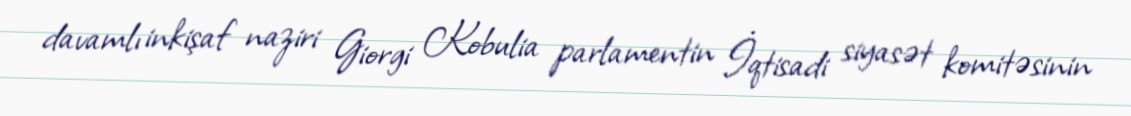
davamlı inkişaf naziri Giorgi Kobulia parlamentin İqtisadi siyasət komitəsinin